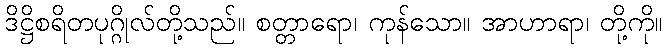
ဒိဋ္ဌိစရိတပုဂ္ဂိုလ်တို့သည်။ စတ္တာရော၊ ကုန်သော။ အာဟာရာ၊ တို့ကို။